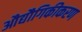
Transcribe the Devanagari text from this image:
औद्यौगिकीकरण